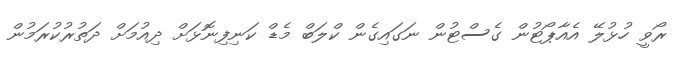
ރޯވީ ހުޅުލޭ އެއާޕޯޓުން ގެސްޓުން ނަގައިގެން ކްލަބް މެޑް ކަނިފިނޮޅަށް ދިއުމަށް ދަތުރުކުރަމުން